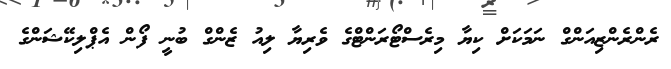
ރެންރެންޒިއަންގް ނަމަކަށް ކިޔާ މިރެސްޓޯރަންޓްގެ ވެރިޔާ ލިއު ޒެންގް ބުނީ ފޯން އެޕްލިކޭޝަންގެ